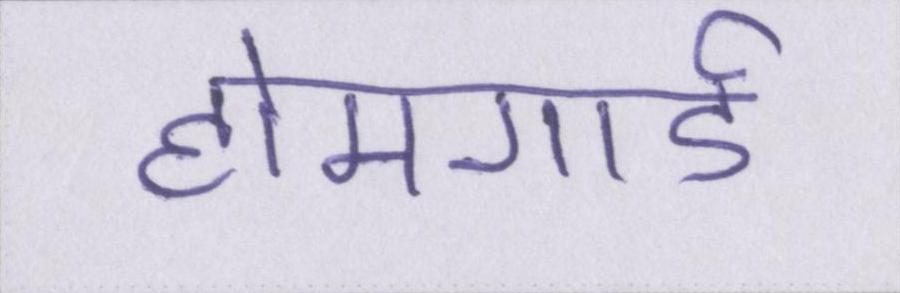
होमगार्ड